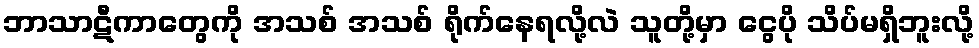
ဘာသာဋီကာတွေကို အသစ် အသစ် ရိုက်နေရလို့လဲ သူတို့မှာ ငွေပို သိပ်မရှိဘူးလို့